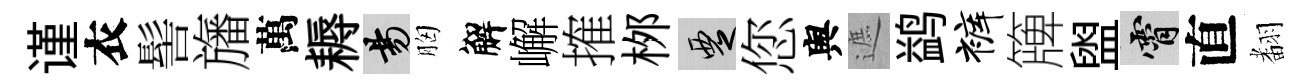
谨衣髻旛萬耨昜胸解嶰搉桞覂您舆遮鹢裤簰盥霄直𮋒